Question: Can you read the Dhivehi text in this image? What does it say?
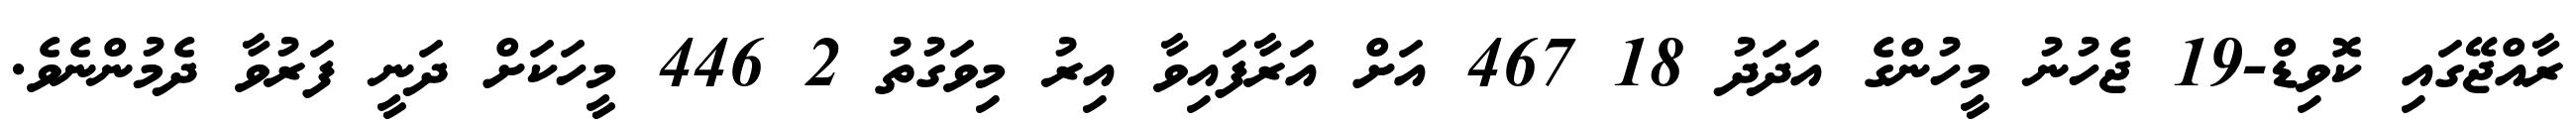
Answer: ރާއްޖޭގައި ކޮވިޑް-19 ޖެހުނު މީހުންގެ އަދަދު 18 467 އަށް އަރާފައިވާ އިރު މިވަގުތު 2 446 މީހަކަށް ދަނީ ފަރުވާ ދެމުންނެވެ.